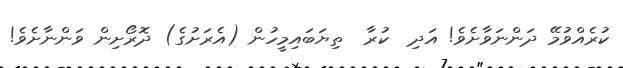
ކުރެއްވުމޭ ދަންނަވާށެވެ! އަދި  ކުރާ  ތިޔަބައިމީހުން (އެރަށުގެ) ދޮރޯށިން ވަންނާށެވެ!